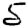
Digit: 5